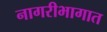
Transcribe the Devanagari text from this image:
नागरीभागात